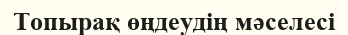
Топырақ өңдеудің мәселесі